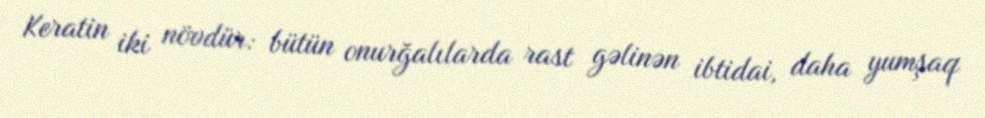
Keratin iki növdür: bütün onurğalılarda rast gəlinən ibtidai, daha yumşaq